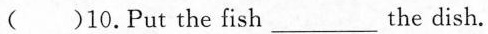
( )10.Put the fish___ the dish.